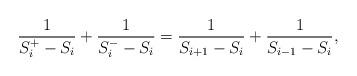
LaTeX: \begin{align*} \frac{1}{S^{+}_i-S_i}+\frac{1}{S^{-}_i-S_i}=\frac{1}{S_{i+1}-S_i}+\frac{1}{S_{i-1}-S_i},\end{align*}